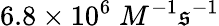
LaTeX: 6.8\times10^{6}\; M^{-1}\mathfrak{s}^{-1}